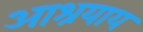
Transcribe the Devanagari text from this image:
आश्रयाय